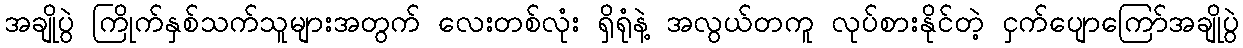
အချိုပွဲ ကြိုက်နှစ်သက်သူများအတွက် လေးတစ်လုံး ရှိရုံနဲ့ အလွယ်တကူ လုပ်စားနိုင်တဲ့ ငှက်ပျောကြော်အချိုပွဲ